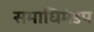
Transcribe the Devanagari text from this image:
समाधिमंडप